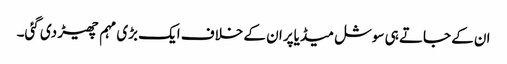
ان کے جاتے ہی سوشل میڈیاپر ان کے خلاف ایک بڑی مہم چھیڑ دی گئی۔